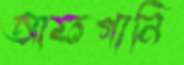
আফগানি